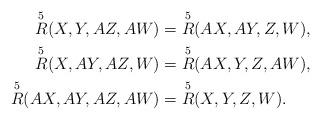
LaTeX: \begin{align*}\overset{5}{R} (X,Y,AZ,AW) & = \overset{5}{R} (AX,AY,Z,W), \\\overset{5}{R} (X,AY,AZ,W) & = \overset{5}{R} (AX,Y,Z,AW), \\\overset{5}{R} (AX,AY,AZ,AW) & = \overset{5}{R} (X,Y,Z,W). \end{align*}